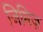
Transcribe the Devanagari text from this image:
जिमिज़